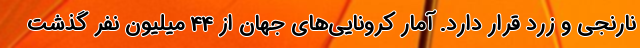
نارنجی و زرد قرار دارد. آمار کرونایی‌های جهان از 44 میلیون نفر گذشت